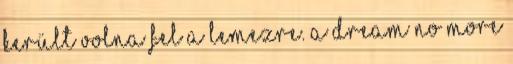
került volna fel a lemezre. A Dream No More